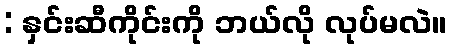
: နှင်းဆီကိုင်းကို ဘယ်လို လုပ်မလဲ။